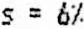
S = 6%